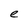
Character: e